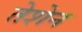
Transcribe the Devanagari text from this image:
तेशेन